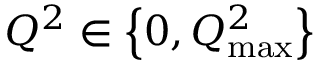
Q ^ { 2 } \in \left\{ 0 , Q _ { \mathrm { m a x } } ^ { 2 } \right\}